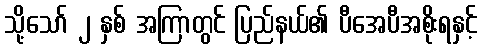
သို့သော် ၂ နှစ် အကြာတွင် ပြည်နယ်၏ ပီအေပီအစိုးရနှင့်